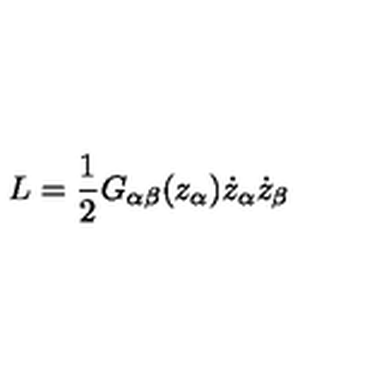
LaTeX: L = \frac { 1 } { 2 } G _ { \alpha \beta } ( z _ { \alpha } ) \dot { z } _ { \alpha } \dot { z } _ { \beta }